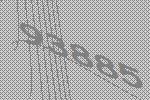
93885